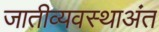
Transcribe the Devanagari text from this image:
जातीव्यवस्थाअंत